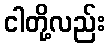
ငါတို့လည်း